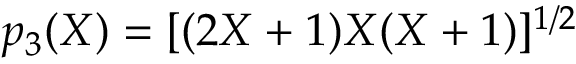
p _ { 3 } ( X ) = [ ( 2 X + 1 ) X ( X + 1 ) ] ^ { 1 / 2 }